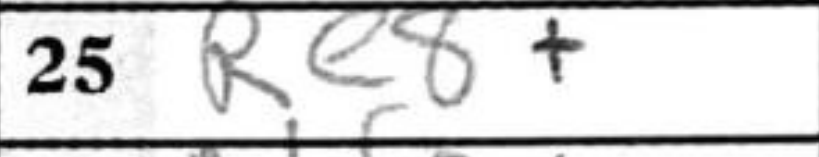
Transcription: Re8+